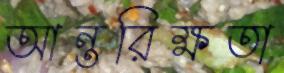
আন্তরিক্ষতা